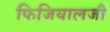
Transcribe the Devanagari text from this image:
फिजियालजी